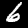
Label: 6